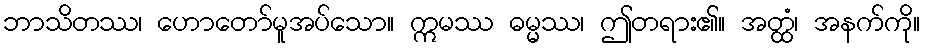
ဘာသိတဿ၊ ဟောတော်မူအပ်သော။ ဣမဿ ဓမ္မဿ၊ ဤတရား၏။ အတ္ထံ၊ အနက်ကို။